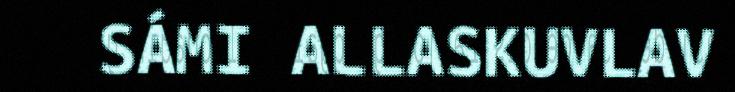
SÁMI ALLASKUVLAV